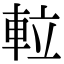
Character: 𨋢